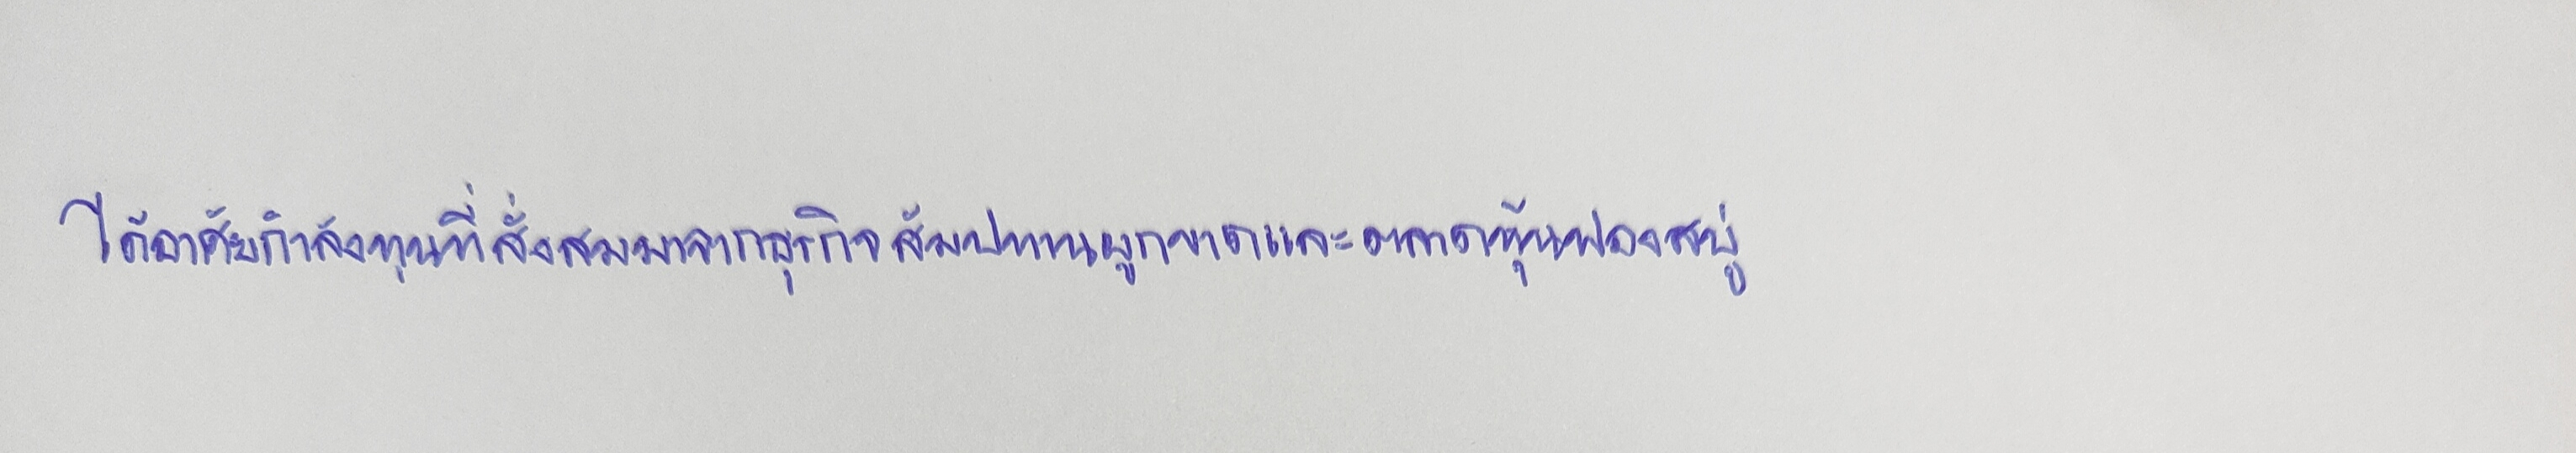
ได้อาศัยกำลังทุนที่สั่งสมมาจากธุรกิจสัมปทานผูกขาดและตลาดหุ้นฟองสบู่